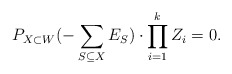
\begin{align*}P_{X\subset W}(-\sum_{S \subseteq X}E_S) \cdot \prod_{i=1}^k Z_i = 0. \end{align*}